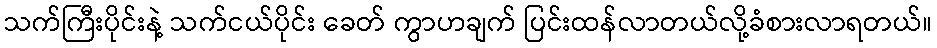
သက်ကြီးပိုင်းနဲ့ သက်ငယ်ပိုင်း ခေတ် ကွာဟချက် ပြင်းထန်လာတယ်လို့ခံစားလာရတယ်။